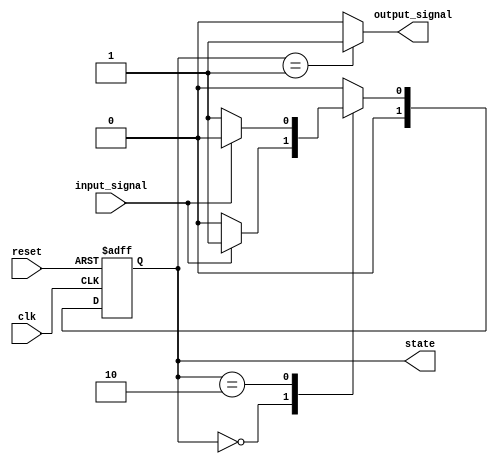
module moore_machine (
    input wire clk,           // Clock signal
    input wire reset,         // Asynchronous reset signal
    input wire input_signal,   // Input signal affecting state transitions
    output reg [1:0] state,   // Current state (2 bits for 4 states)
    output reg output_signal   // Output signal based on current state
);

    // Enumeration of states
    localparam STATE_A = 2'b00; // State A
    localparam STATE_B = 2'b01; // State B
    localparam STATE_C = 2'b10; // State C
    // Add more states as needed

    // State transition logic
    always @(*) begin
        case (state)
            STATE_A: begin
                if (input_signal)
                    state_next = STATE_B;
                else
                    state_next = STATE_A;
            end

            STATE_B: begin
                if (input_signal)
                    state_next = STATE_C;
                else
                    state_next = STATE_A;
            end

            STATE_C: begin
                if (input_signal)
                    state_next = STATE_A;
                else
                    state_next = STATE_B;
            end

            // Default case to loop in the current state
            default: state_next = STATE_A;
        endcase
    end

    // Output logic based on current state
    always @(*) begin
        case (state)
            STATE_A: output_signal = 1'b0; // Output for State A
            STATE_B: output_signal = 1'b1; // Output for State B
            STATE_C: output_signal = 1'b0; // Output for State C
            default: output_signal = 1'b0;  // Default output
        endcase
    end

    // State register with clock and reset
    always @(posedge clk or posedge reset) begin
        if (reset)
            state <= STATE_A; // Initialize state to STATE_A on reset
        else
            state <= state_next; // Update state on clock edge
    end

endmodule